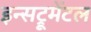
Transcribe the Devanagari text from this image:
इन्सट्रूमेंटल